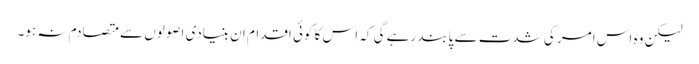
لیکن وہ اس امر کی شدت سے پابند رہے گی کہ اس کا کوئی اقدام ان بنیادی اصولوں سے متصادم نہ ہو۔